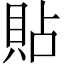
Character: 貼